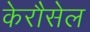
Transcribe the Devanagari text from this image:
केरौसेल